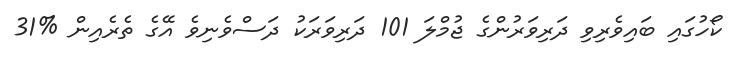
ކޯހުގައި ބައިވެރިވި ދަރިވަރުންގެ ޖުމްލަ 101 ދަރިވަރަކު ދަސްވެނިވެ އޭގެ ތެރެއިން %31